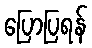
ပြောပြရန်